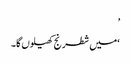
’
‘میں شطرنج کھیلوں گا۔